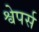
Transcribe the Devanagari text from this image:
श्वेपर्स